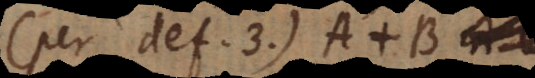
(per def. 3) A +